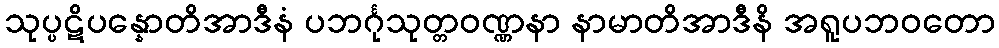
သုပ္ပဋိပန္နောတိအာဒီနံ ပဘင်္ဂုသုတ္တဝဏ္ဏနာ နာမာတိအာဒီနိ အရူပဘဝတော